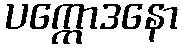
ပက္ကောဒနော